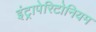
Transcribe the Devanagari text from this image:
इंट्रापेरिटोनियम